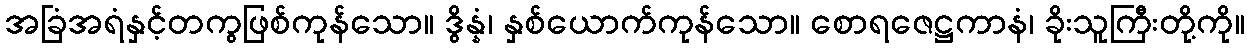
အခြံအရံနှင့်တကွဖြစ်ကုန်သော။ ဒွိန္နံ၊ နှစ်ယောက်ကုန်သော။ စောရဇေဋ္ဌကာနံ၊ ခိုးသူကြီးတို့ကို။